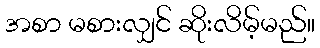
အစာ မစားလျှင် ဆိုးလိမ့်မည်။